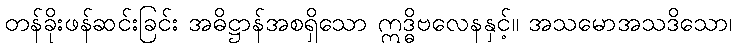
တန်ခိုးဖန်ဆင်းခြင်း အဓိဋ္ဌာန်အစရှိသော ဣဒ္ဓိဗလေနနှင့်။ အသမောအသဒိသော၊